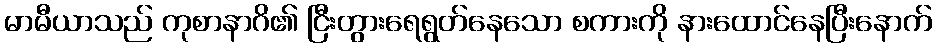
မာမီယာသည် ကုစာနာဂိ၏ ငြီးတွားရေရွတ်နေသော စကားကို နားထောင်နေပြီးနောက်